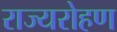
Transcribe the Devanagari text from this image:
राज्यरोहण